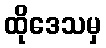
ထိုဒေသမှ